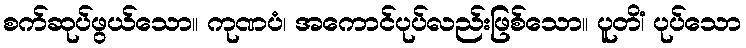
စက်ဆုပ်ဖွယ်သော။ ကုဏပံ၊ အကောင်ပုပ်လည်းဖြစ်သော။ ပူတိံ၊ ပုပ်သော